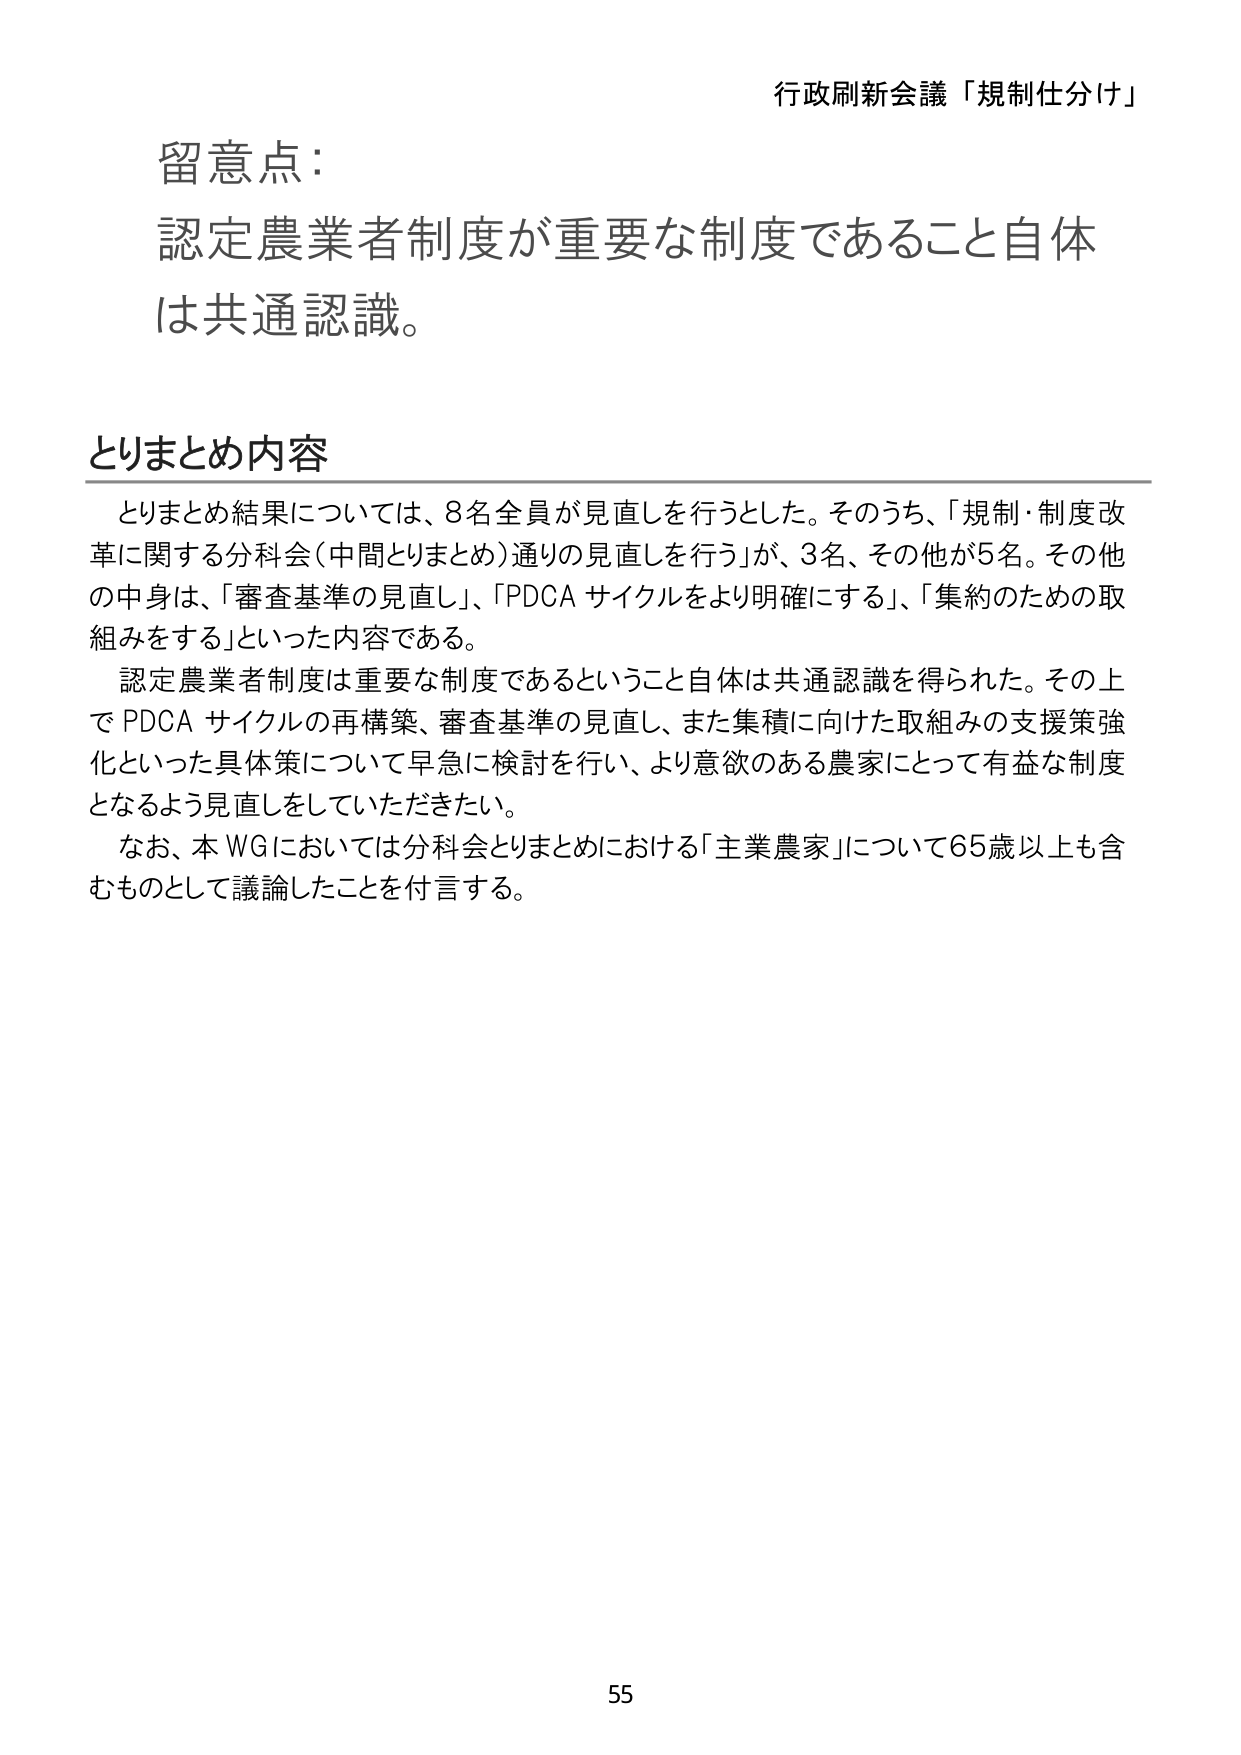
行政刷新会議「規制仕分け」

留意点：
認定農業者制度が重要な制度であること自体
は共通認識。

とりまとめ内容
　とりまとめ結果については、8名全員が見直しを行うとした。そのうち、「規制・制度改革に関する分科会（中間とりまとめ）通りの見直しを行う」が、3名、その他が5名。その他の中身は、「審査基準の見直し」、「PDCA サイクルをより明確にする」、「集約のための取組みをする」といった内容である。
　認定農業者制度は重要な制度であるということ自体は共通認識を得られた。その上で PDCA サイクルの再構築、審査基準の見直し、また集積に向けた取組みの支援策強化といった具体策について早急に検討を行い、より意欲のある農家にとって有益な制度となるよう見直しをしていただきたい。
　なお、本 WG においては分科会とりまとめにおける「主業農家」について65歳以上も含むものとして議論したことを付言する。

55